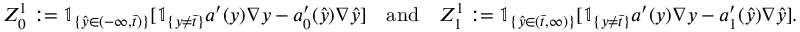
Z _ { 0 } ^ { 1 } : = \mathbb { 1 } _ { \{ \hat { y } \in ( - \infty , \bar { t } ) \} } [ \mathbb { 1 } _ { \{ y \neq \bar { t } \} } a ^ { \prime } ( y ) \nabla y - a _ { 0 } ^ { \prime } ( \hat { y } ) \nabla \hat { y } ] \quad \mathrm { a n d } \quad Z _ { 1 } ^ { 1 } : = \mathbb { 1 } _ { \{ \hat { y } \in ( \bar { t } , \infty ) \} } [ \mathbb { 1 } _ { \{ y \neq \bar { t } \} } a ^ { \prime } ( y ) \nabla y - a _ { 1 } ^ { \prime } ( \hat { y } ) \nabla \hat { y } ] .